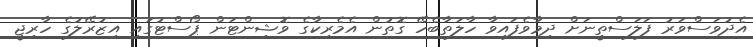
އެދުވަސްވަރު ފަލަސްތީނަށް ދިމާވެފައިވާ ހާލަތާބެހޭ ގޮތުން އެމެރިކާގެ ވޮޝިންޓަން ޕޯސްޓުގައި އިޒުރޭލުގެ ހާރިޖީ